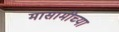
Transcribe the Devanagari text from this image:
मासामीच्या